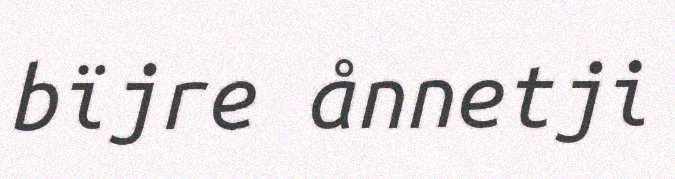
bïjre ånnetji